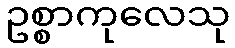
ဥစ္စာကုလေသု